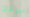
مورغان